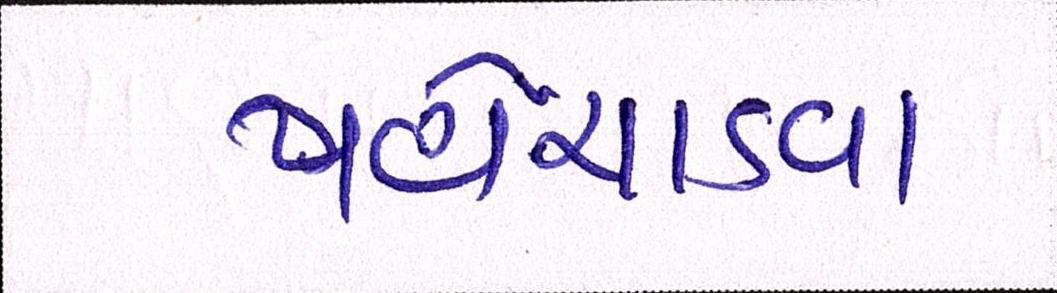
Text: પહોંચાડવા